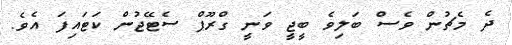
ދެ މެޗުން ވެސް ބަލިވެ ބީޖީ ވަނީ ގްރޫޕް ސެޓޭޖުން ކަޓައިފަ އެވެ.